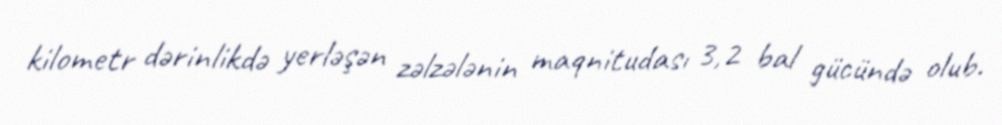
kilometr dərinlikdə yerləşən zəlzələnin maqnitudası 3,2 bal gücündə olub.